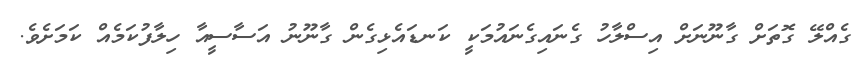
ގެއްލޭ ގޮތަށް ގާނޫނަށް އިސްލާހު ގެނައިގެނައުމަކީ ކަނޑައެޅިގެން ގާނޫނު އަސާސީއާ ހިލާފުކަމެއް ކަމަށެވެ.